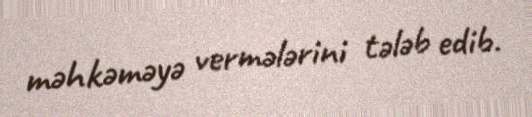
məhkəməyə vermələrini tələb edib.